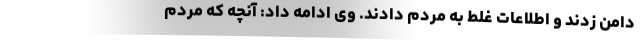
دامن زدند و اطلاعات غلط به مردم دادند. وی ادامه داد: آنچه که مردم